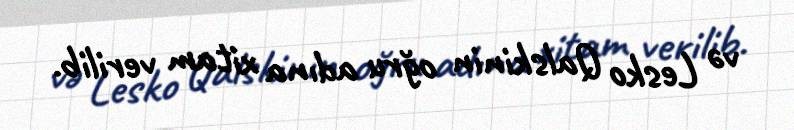
və Lesko Qalskinin oğru adına xitam verilib.